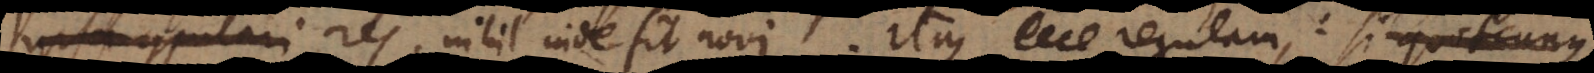
computari res, nihil inde fit novi. Itaque ecce regulam: si quot